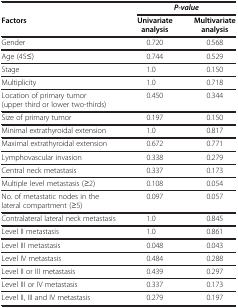
<table><thead><tr><td><b> </b></td><td colspan="2"><b><i>P-value</i></b></td></tr><tr><td><b>Factors</b></td><td><b>Univariate analysis</b></td><td><b>Multivariate analysis</b></td></tr></thead><tbody><tr><td>Gender</td><td>0.720</td><td>0.568</td></tr><tr><td>Age (45≤)</td><td>0.744</td><td>0.529</td></tr><tr><td>Stage</td><td>1.0</td><td>0.150</td></tr><tr><td>Multiplicity</td><td>1.0</td><td>0.718</td></tr><tr><td>Location of primary tumor (upper third or lower two-thirds)</td><td>0.450</td><td>0.344</td></tr><tr><td>Size of primary tumor</td><td>0.197</td><td>0.150</td></tr><tr><td>Minimal extrathyroidal extension</td><td>1.0</td><td>0.817</td></tr><tr><td>Maximal extrathyroidal extension</td><td>0.672</td><td>0.771</td></tr><tr><td>Lymphovascular invasion</td><td>0.338</td><td>0.279</td></tr><tr><td>Central neck metastasis</td><td>0.337</td><td>0.173</td></tr><tr><td>Multiple level metastasis (≥2)</td><td>0.108</td><td>0.054</td></tr><tr><td>No. of metastatic nodes in the lateral compartment (≥5)</td><td>0.097</td><td>0.057</td></tr><tr><td>Contralateral lateral neck metastasis</td><td>1.0</td><td>0.845</td></tr><tr><td>Level II metastasis</td><td>1.0</td><td>0.861</td></tr><tr><td>Level III metastasis</td><td>0.048</td><td>0.043</td></tr><tr><td>Level IV metastasis</td><td>0.484</td><td>0.288</td></tr><tr><td>Level II or III metastasis</td><td>0.439</td><td>0.297</td></tr><tr><td>Level III or IV metastasis</td><td>0.337</td><td>0.173</td></tr><tr><td>Level II, III and IV metastasis</td><td>0.279</td><td>0.197</td></tr></tbody></table>